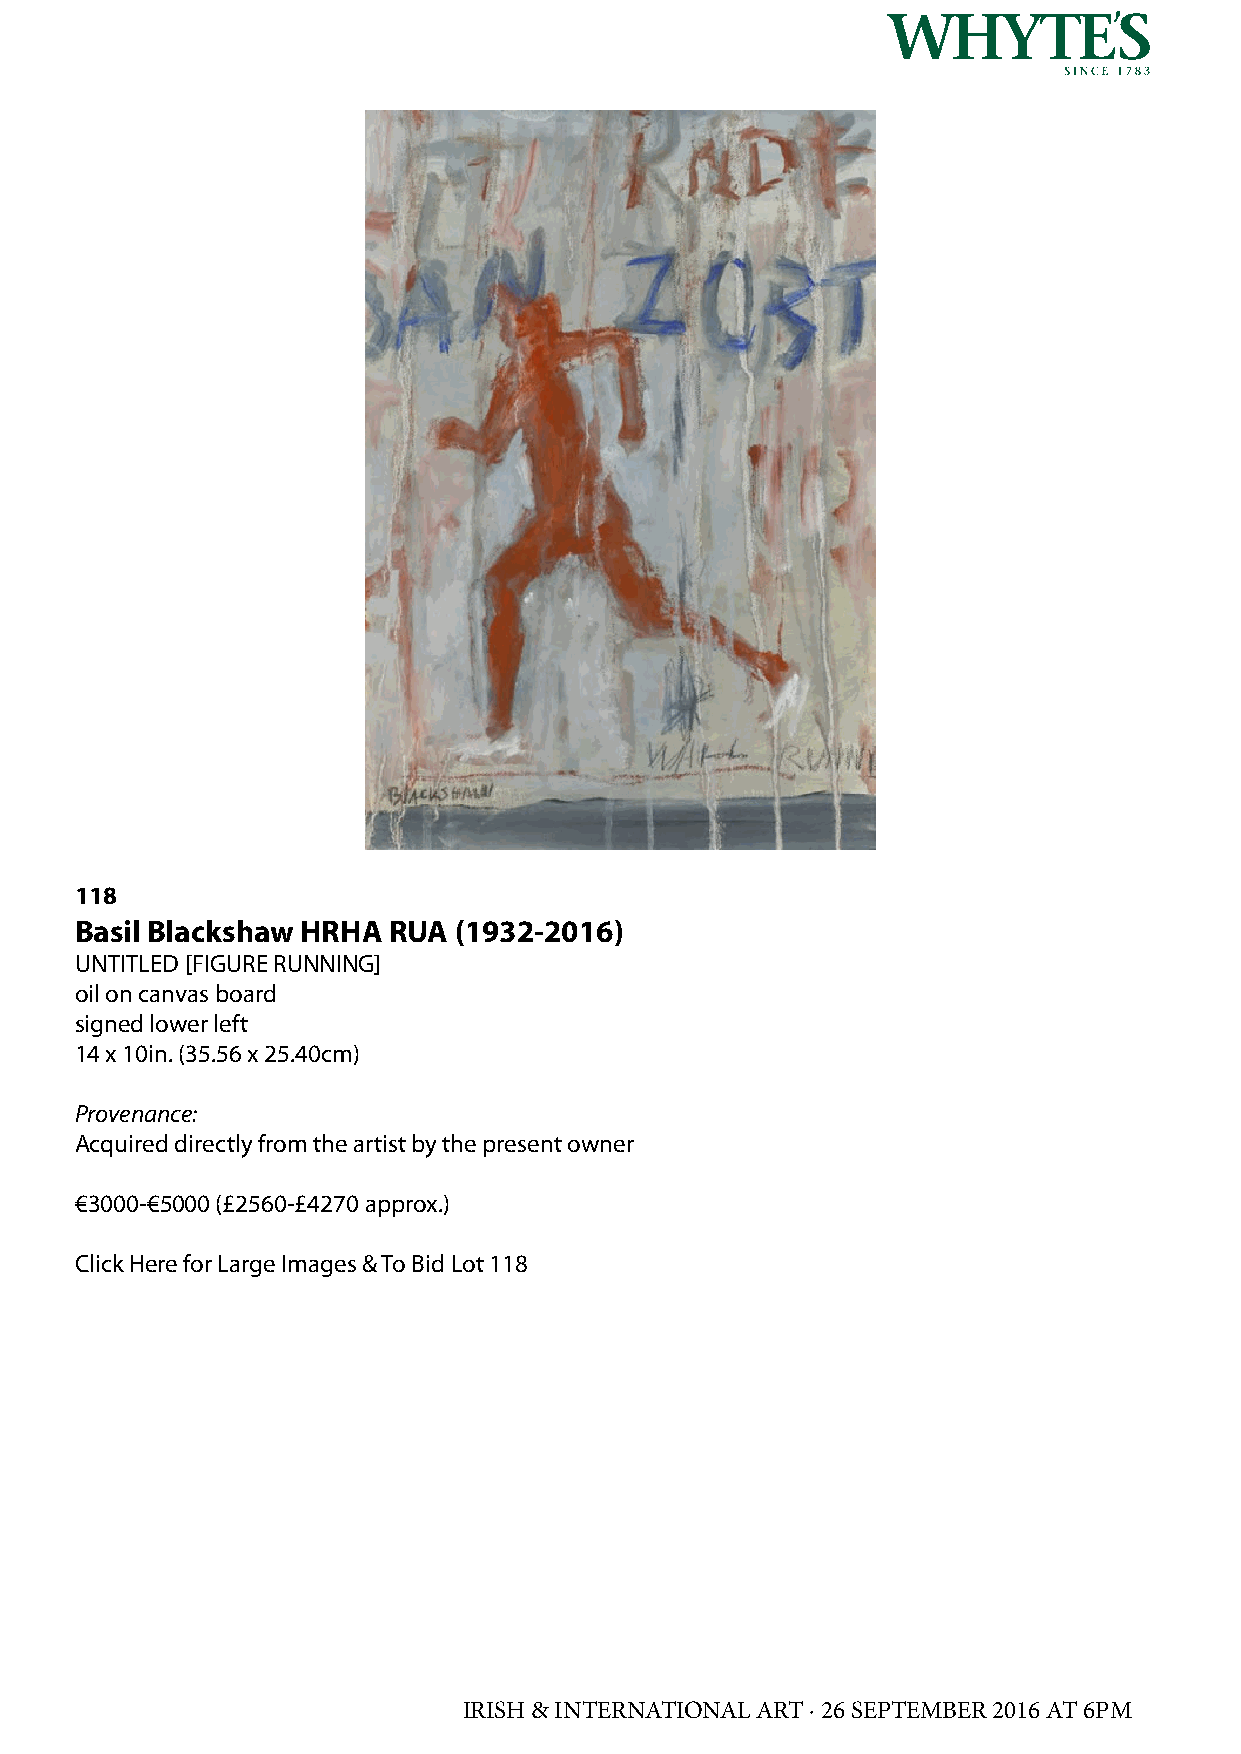
118
 Basil Blackshaw HRHA RUA (1932-2016)
 UNTITLED [FIGURE RUNNING]
 oil on canvas board
 signed lower left
 14 x 10in. (35.56 x 25.40cm)
 Provenance:
 Acquired directly from the artist by the present owner
 €3000-€5000 (£2560-£4270 approx.)
 Click Here for Large Images & To Bid Lot 118
 IRISH & INTERNATIONAL ART · 26 SEPTEMBER 2016 AT 6PM